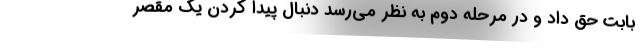
بابت حق داد و در مرحله دوم به نظر می‌رسد دنبال پیدا کردن یک مقصر